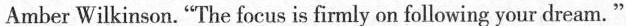
Amber Wilkinson."The focus is firmly on following your dream."